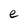
Character: e